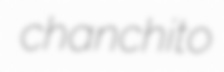
chanchito